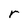
Character: r